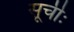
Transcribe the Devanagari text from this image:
सूचीः